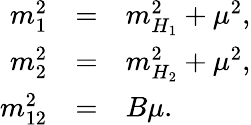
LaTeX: \begin{array}{rcl}{{m_{1}^{2}}}&{{=}}&{{m_{H_{1}}^{2}+\mu^{2},}}\\ {{m_{2}^{2}}}&{{=}}&{{m_{H_{2}}^{2}+\mu^{2},}}\\ {{m_{12}^{2}}}&{{=}}&{{B\mu.}}\end{array}